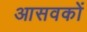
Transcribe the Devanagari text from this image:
आसवकों